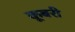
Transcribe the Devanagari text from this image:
कूबरी